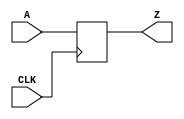
module D_FF(A,CLK,Z
);
input A,CLK;
output  Z;
reg D=0;
assign Z=D;
always @(posedge CLK) begin
    D=A;
end

endmodule